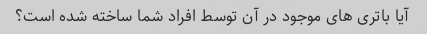
آیا باتری های موجود در آن توسط افراد شما ساخته شده است؟